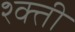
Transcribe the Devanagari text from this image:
श्क्ती